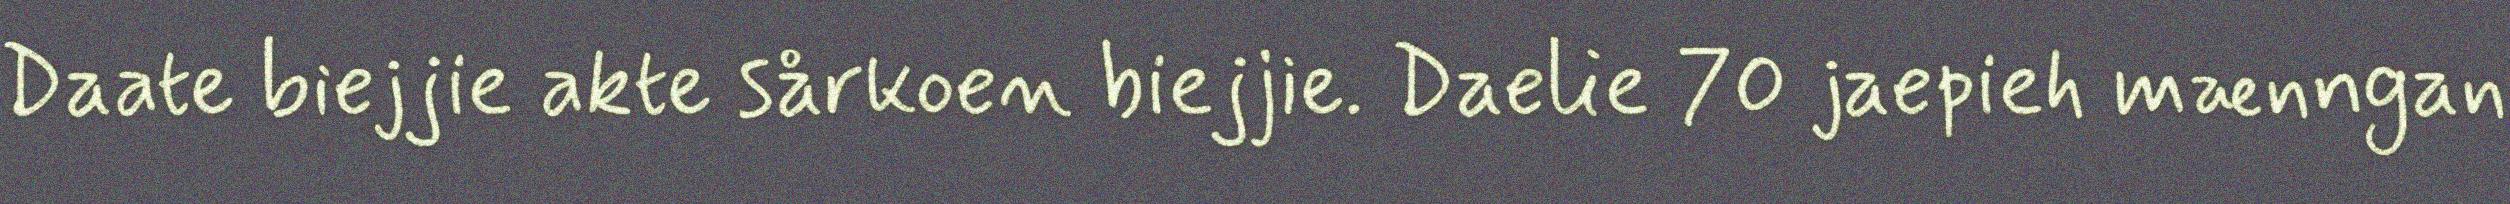
Daate biejjie akte sårkoen biejjie. Daelie 70 jaepieh mænngan